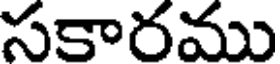
సకారము